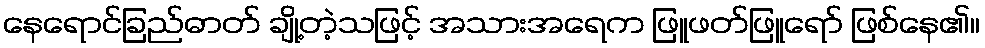
နေရောင်ခြည်ဓာတ် ချို့တဲ့သဖြင့် အသားအရေက ဖြူဖတ်ဖြူရော် ဖြစ်နေ၏။